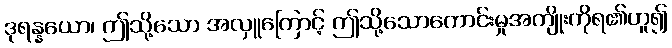
ဒုရန္နယော၊ ဤသို့သော အလှူကြောင့် ဤသို့သောကောင်းမှုအကျိုးကိုရ၏ဟူ၍